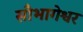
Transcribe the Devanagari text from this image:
सौभागेश्वर